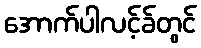
အောက်ပါလင့်ခ်တွင်